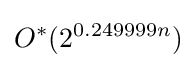
O^{*}(2^{0.249999n})